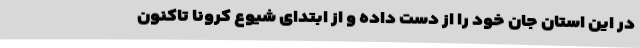
در این استان جان خود را از دست داده و از ابتدای شیوع کرونا تاکنون